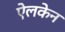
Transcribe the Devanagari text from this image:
ऐलकेन